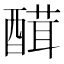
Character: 䤊